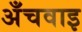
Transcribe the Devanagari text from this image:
अँचवाइ